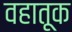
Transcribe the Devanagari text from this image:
वहातूक